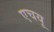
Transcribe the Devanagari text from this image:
एचयू